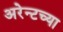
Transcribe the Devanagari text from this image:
अरेन्टच्या